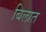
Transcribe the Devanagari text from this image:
बिलात